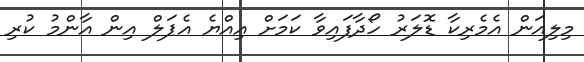
މިލިއަން އެމެރިކާ ޑޮލަރު ހޯދާފައިވާ ކަމަށް އިއްޔެ އެޕަލް އިން އާންމު ކުރި